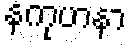
နကုဟနာ